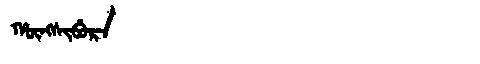
Manchu: ᡥᡡᠩᠰᡳᠪᡠᡵᠠ
Romanization: HŪNGSIBURA